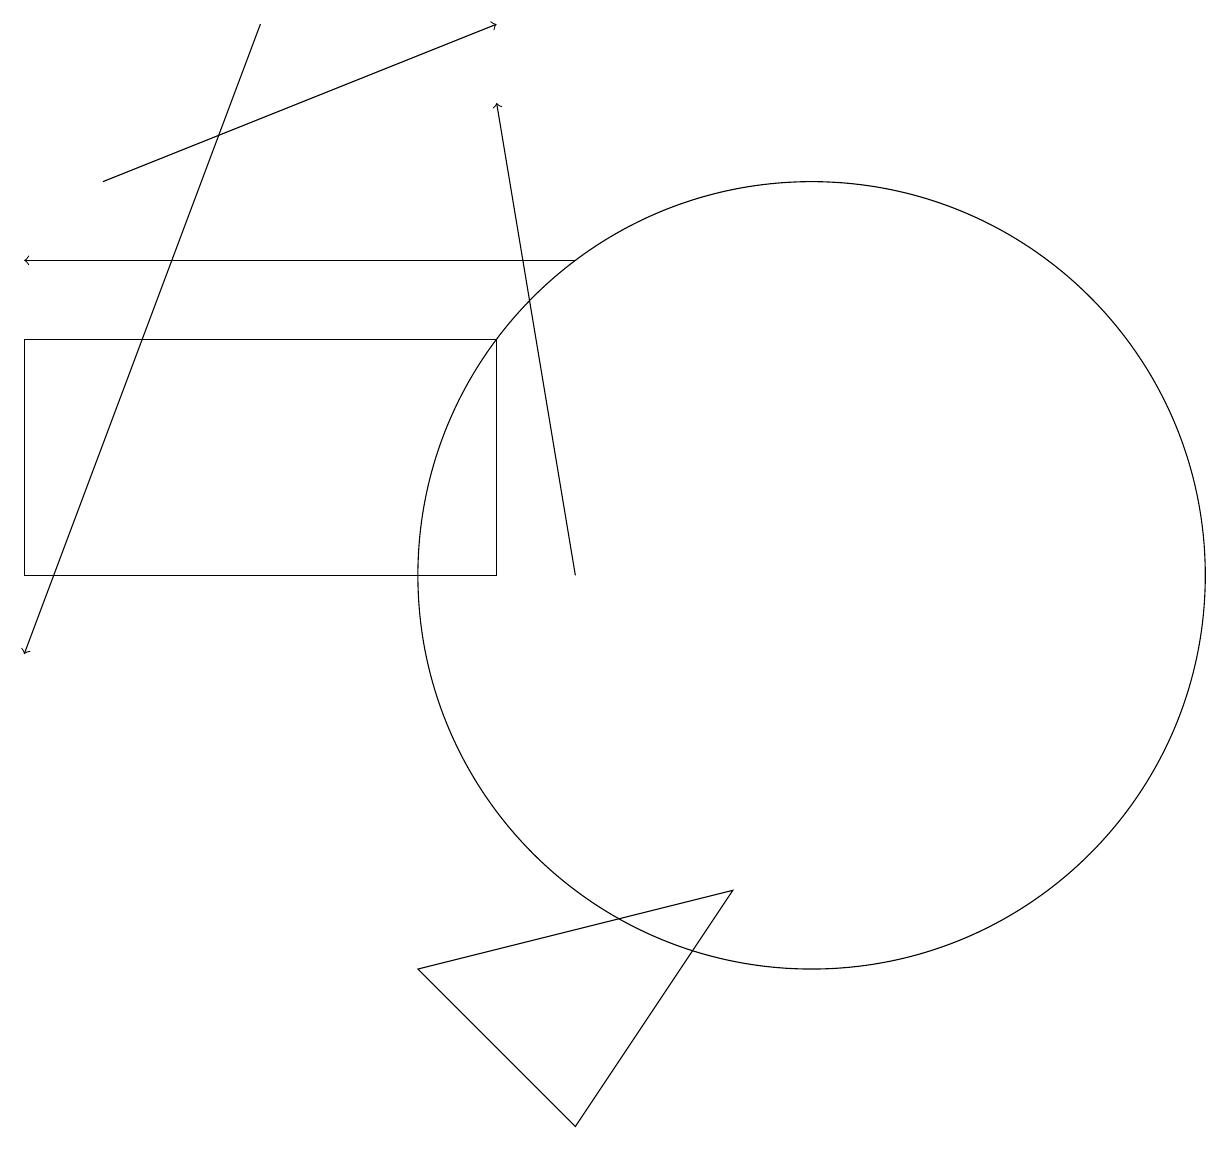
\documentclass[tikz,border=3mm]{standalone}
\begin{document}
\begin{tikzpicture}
\draw (0,14) rectangle (6,11);
\draw[->] (1,16) -- (6,18);
\draw[->] (7,15) -- (0,15);
\draw[->] (3,18) -- (0,10);
\draw (9,7) -- (5,6) -- (7,4) -- cycle;
\draw[->] (7,11) -- (6,17);
\draw (10,11) circle (5);
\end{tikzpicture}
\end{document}